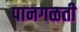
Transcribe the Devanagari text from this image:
पानगळती